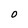
Character: 0